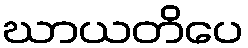
ဃာယတိပေ